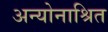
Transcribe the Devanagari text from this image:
अन्योनाश्रित